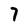
Character: 7